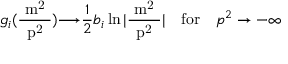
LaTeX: g _ { i } ( \mathrm { \frac { ~ m ^ { 2 } ~ } { ~ p ^ { 2 } ~ } } ) { \longrightarrow } \frac 1 2 b _ { i } \ln | \mathrm { \frac { ~ m ^ { 2 } ~ } { ~ p ^ { 2 } ~ } } | \quad \mathrm { f o r } \quad p ^ { 2 } \to - \infty